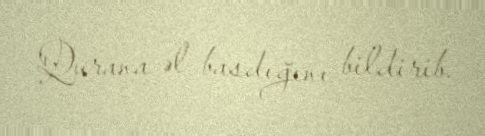
Qurana əl basdığını bildirib.